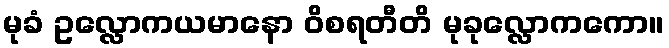
မုခံ ဥလ္လောကယမာနော ဝိစရတီတိ မုခုလ္လောကကော။